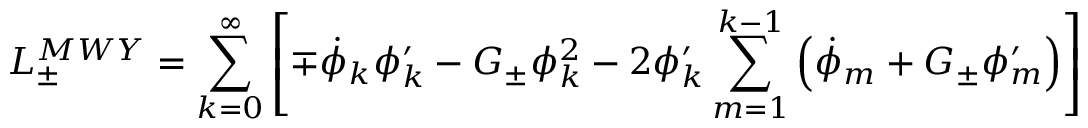
{ \cal L } _ { \pm } ^ { M W Y } = \sum _ { k = 0 } ^ { \infty } \left[ \mp \dot { \phi } _ { k } \phi _ { k } ^ { \prime } - { \cal G _ { \pm } } \phi _ { k } ^ { 2 } - 2 \phi _ { k } ^ { \prime } \sum _ { m = 1 } ^ { k - 1 } \left( \dot { \phi } _ { m } + { \cal G _ { \pm } } \phi _ { m } ^ { \prime } \right) \right]